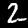
Digit: 2